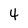
Character: 4